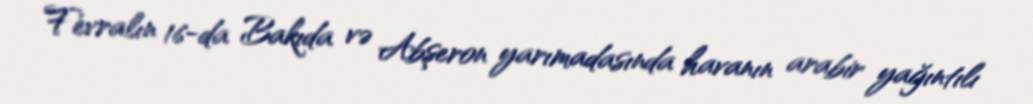
Fevralın 16-da Bakıda və Abşeron yarımadasında havanın arabir yağıntılı